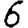
Digit: 6